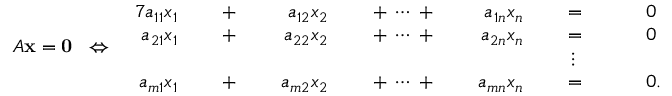
A \mathbf { x } = \mathbf { 0 } \; \; \Leftrightarrow \; \; { \begin{array} { r l r l r l r l r l r l r l } { { 7 } a _ { 1 1 } x _ { 1 } } & { } & { \; + \; } & { } & { a _ { 1 2 } x _ { 2 } } & { } & { \; + \; \cdots \; + \; } & { } & { a _ { 1 n } x _ { n } } & { } & { \; = \; } & { } & & { 0 } \\ { a _ { 2 1 } x _ { 1 } } & { } & { \; + \; } & { } & { a _ { 2 2 } x _ { 2 } } & { } & { \; + \; \cdots \; + \; } & { } & { a _ { 2 n } x _ { n } } & { } & { \; = \; } & { } & & { 0 } \\ & { } & & { } & & { } & & { } & & { } & { \vdots \ \; } & { } & & { } \\ { a _ { m 1 } x _ { 1 } } & { } & { \; + \; } & { } & { a _ { m 2 } x _ { 2 } } & { } & { \; + \; \cdots \; + \; } & { } & { a _ { m n } x _ { n } } & { } & { \; = \; } & { } & & { 0 { \mathrm { . } } } \end{array} }